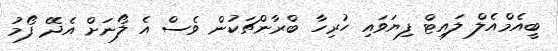
ބީއެމްއެލް ލައިޓް ފިޔަވައި ހުރިހާ ބްރާންޗަކުން ވެސް އެ ލޯނަށް އެދޭ ފޯމު